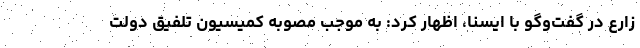
زارع در گفت‌وگو با ایسنا، اظهار کرد: به موجب مصوبه کمیسیون تلفیق دولت